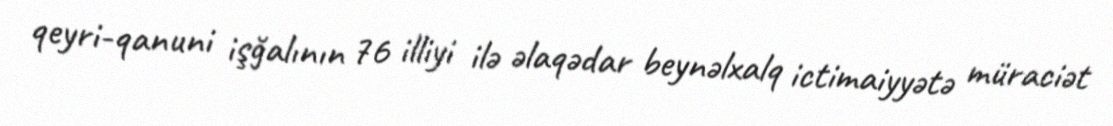
qeyri-qanuni işğalının 76 illiyi ilə əlaqədar beynəlxalq ictimaiyyətə müraciət